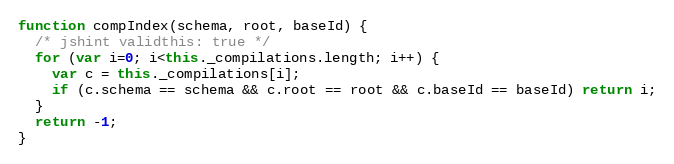
Language: JavaScript
function compIndex(schema, root, baseId) {
  /* jshint validthis: true */
  for (var i=0; i<this._compilations.length; i++) {
    var c = this._compilations[i];
    if (c.schema == schema && c.root == root && c.baseId == baseId) return i;
  }
  return -1;
}